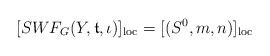
LaTeX: \begin{align*}[SWF_G (Y, \mathfrak{t}, \iota )]_{\mathrm{loc}} = [(S^0, m,n)]_{\mathrm{loc}}\end{align*}